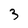
Character: 3